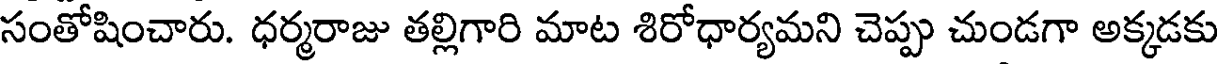
సంతోషించారు. ధర్మరాజు తల్లిగారి మాట శిరోధార్యమని చెప్పు చుండగా అక్కడకు